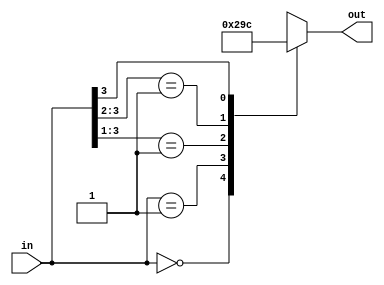
module pr_enc(in,out);

  input [3:0]in;
  output reg [2:0]out;
    
  always @(in)
    casex(in)
      4'b0000:out=3'b000;
      4'b0001:out=3'b001;
      4'b001X:out=3'b010;
  	  4'b01XX:out=3'b011;
      4'b1XXX:out=3'b100;
    endcase
endmodule